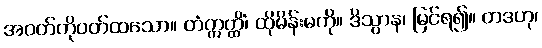
အဝတ်ကိုဝတ်ထသော။ တံဣတ္ထိံ၊ ထိုမိန်းမကို။ ဒိသွာန၊ မြင်ရ၍။ တဒဟု၊